Senior Leaving Certificate Examination (including Day School Certificate (Higher) General paper), 1950
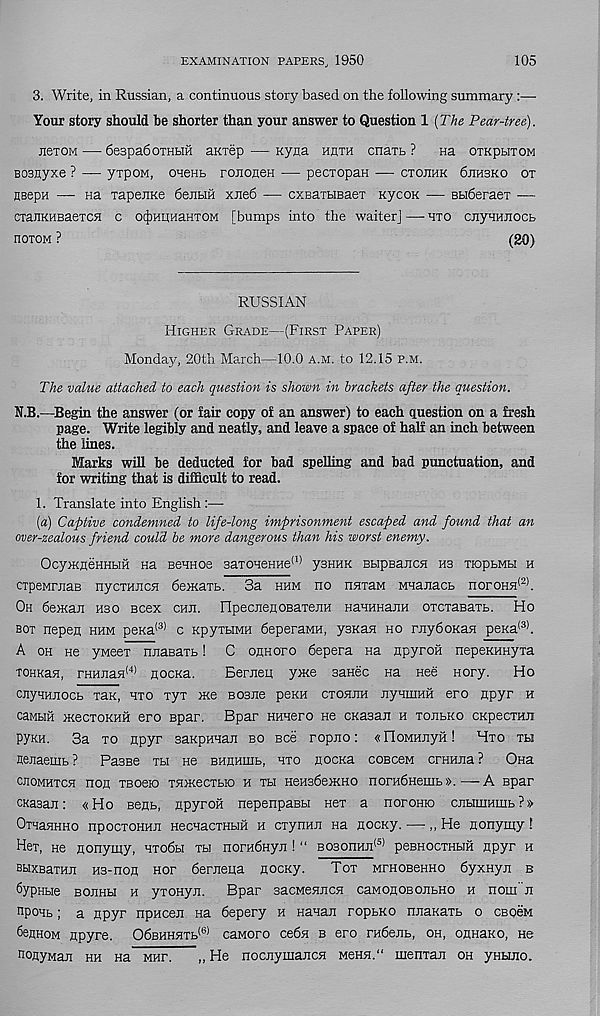
EXAMINATION PAPERS, 1950
105
3. Write, in Russian, a continuous story based on the following summary:—
Your story should he shorter than your answer to Question 1 (The Pear-tree).
jieTOM -—- SespadoTHbiH aiorep — nyna hath cnaib ?
na oiKpbixoM
Bosayxe ? — yxpOM, oaeHb ronoiieH — pecxopau — cxojihk 6jih3ko ox
neepH — na xapenxe OeiibiH xiied — cxBaxbieaex Kycon — Bbideraex —
cxanKHBaexcH c ocjDHiinaHXOM [bumps into the waiter]—hxo cnyHHJiocb
noxoM ?
(20)
RUSSIAN
Higher Grade—(First Paper)
Honda}/, 20th March—10.0 a.m. to 12.15 p.m.
The value attached to each question is shown in brackets after the question.
N.B.—Begin the answer (or fair copy of an answer) to each question on a fresh
page. Write legibly and neatly, and leave a space of half an inch between
the lines.
Marks will be deducted for bad spelling and bad punctuation, and
for writing that is difficult to read.
1. Translate into English :—
(a) Captive condemned to life-long imprisonment escaped and found that an
over-zealous friend could be more dangerous than his worst enemy.
Ocy>KneHHbiH na Bennoe 3axoHeHHe (1) ysHHK BbipBancn H3 xiopbMbi h
cxpeMniaB nycxHJicH dexcaxb. 3a hhm no nnxaM Mnanacb noroHH (2) .
Oh bewail hso scex chji. npecneflOBaxeim HaHHHanH oxcTaBaxb. Ho
box nepefl hhm peKa (3) c KpyxbiMH deperaMH, ysKan ho rnyboKan peKa (3) .
A oh He yMeex nnaBaxb! C oahopo 6epera na Apyroil nepeKHHyxa
TOHRan, rHHiiaH (4) aocku.
Bernen yxce aanec na nee nory.
Ho
cnyAHAOCb xax, hxo xyx >Ke bosag peKH cxohah AynntHH ero Apyr h
caMHH HcecxoKHH ero spar. Bpar Hnnero ne CKasan h xoabko cKpecxHJi
PYkh. 3a xo Apyr saupHnan bo Bee ropno: «HoMHAyH! Hxo xbi
Aenaenib? Passe xbi ne bhahihb, hxo Aocxa cobccm craHAa? Ona
caomhxch noA xbosio xniKecxbio h xbi HensbeiKHO norHdHemb».—A Bpar
CKasan: «Ho seAb, Apyroh nepenpaBbi Hex a noromo CAbiiiiHmb?»
OxHaHHHo npocxoHHA HecnacxHbiH h cxynHA na Aocxy. —,, He Aonymy!
Hex, He Aonymy, uxodbi xh nopHdnyA ! “ B03onHA (5) peBHOcxHbin Apyr h
BsixBaxHA H3-noA nor dernena Aocxy.
Tox mphobchho dyxHyn b
Sypiiue boahh h yxonyx. Bpar sacMenncH caMoaobOAbHO h nom"A
n poHb; a Apyr npncen Ha depery h Hanan ropbKO nnaKarb o CBQeM
6eAHOM Apyre. OdBHHHXb (6) caMoro cedn b ero rndenb, oh, oAHaKO, He
noAyMan hh na mha.
„ He nocAymancJi MeH5i.“ inenxan oh ynbuio.